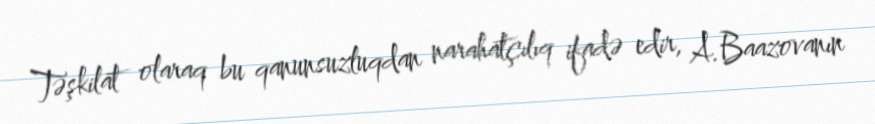
Təşkilat olaraq bu qanunsuzluqdan narahatçılıq ifadə edir, A.Baazovanın